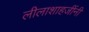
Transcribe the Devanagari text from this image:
लीलाशाहजींनी